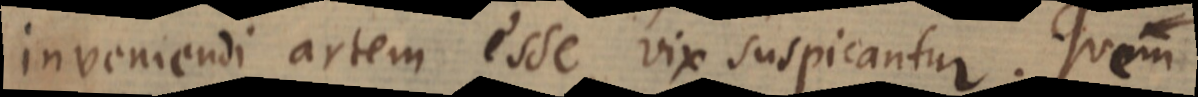
inveniendi artem esse vix suspicantur. Quem